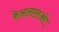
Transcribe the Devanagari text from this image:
केआरएलओ